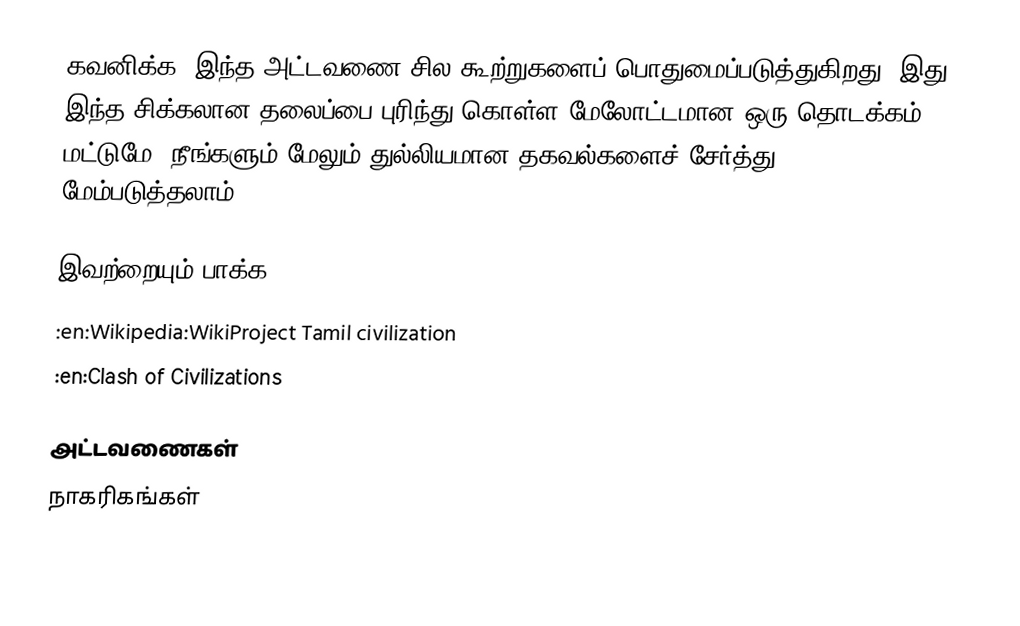
கவனிக்க: இந்த அட்டவணை சில கூற்றுகளைப் பொதுமைப்படுத்துகிறது.  இது இந்த சிக்கலான தலைப்பை புரிந்து கொள்ள மேலோட்டமான ஒரு தொடக்கம் மட்டுமே.  நீங்களும் மேலும் துல்லியமான தகவல்களைச் சேர்த்து மேம்படுத்தலாம்.

இவற்றையும் பாக்க
 :en:Wikipedia:WikiProject Tamil civilization
 :en:Clash of Civilizations

அட்டவணைகள்
நாகரிகங்கள்